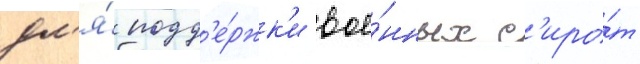
дл'я́ подд'е́ржк'и вое́нных с'иро́т